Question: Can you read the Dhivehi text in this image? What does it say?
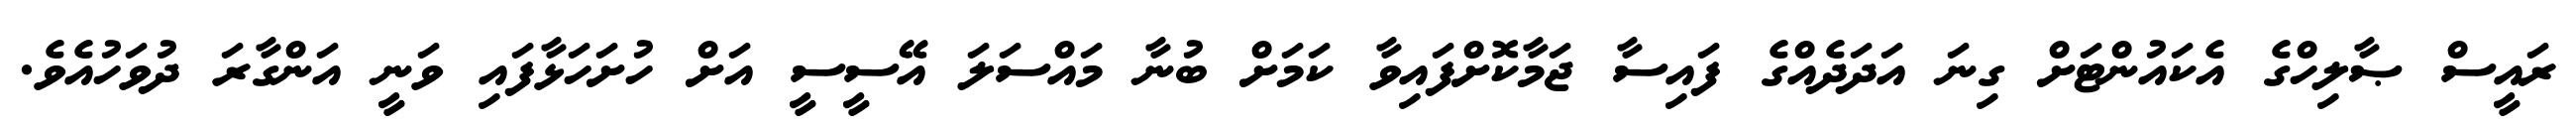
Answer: ރައީސް ޞާލިހްގެ އެކައުންޓަށް ގިނަ އަދަދެއްގެ ފައިސާ ޖަމާކޮށްފައިވާ ކަމަށް ބުނާ މައްސަލަ އޭސީސީ އަށް ހުށަހަޅާފައި ވަނީ އަންގާރަ ދުވަހުއެވެ.